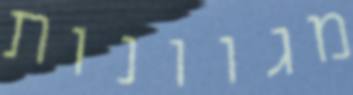
מגוונות